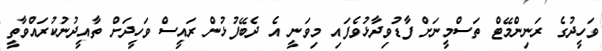
ވަހީދުގެ ރަނިންމޭޓް ތަސްމީނަށް ފާޑުވިދާޅުވެފައި މިވަނީ އެ ދެބޭފުޅުން ރައީސް ވަހީދަށް ތާއީދުނުކުރައްވާތީ